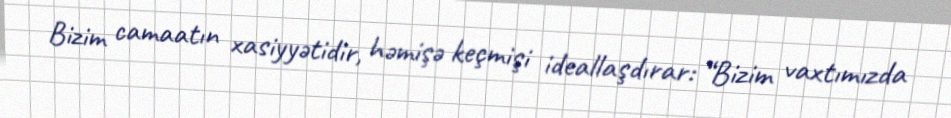
Bizim camaatın xasiyyətidir, həmişə keçmişi ideallaşdırar: “Bizim vaxtımızda